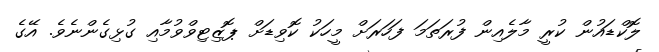
ލޮކްޑައުން ކުރީ މާލެއިން ފުރަތަމަ ފަހަރަށް މީހަކު ކޮވިޑަށް ޕޮޒިޓިވްވުމާއި ގުޅިގެންނެވެ. އޭގެ